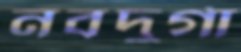
নবদুর্গা